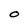
Character: O